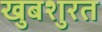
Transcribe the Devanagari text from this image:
खुबशुरत